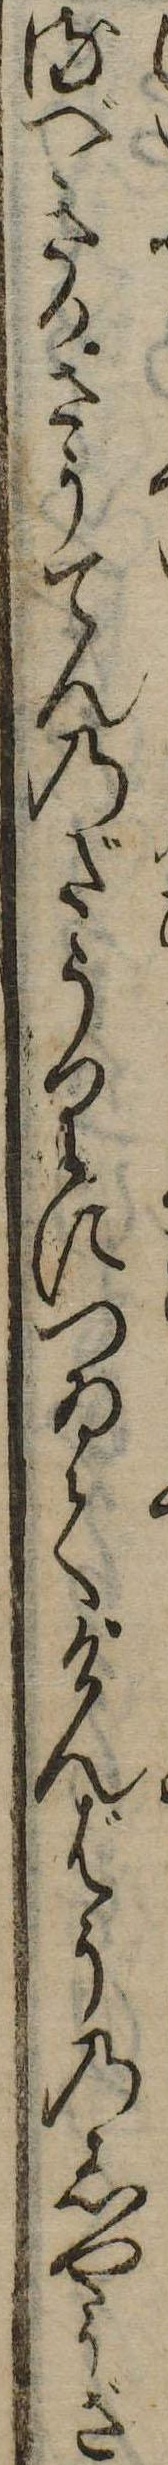
るべきかさうてんのだうりにつゐてけんばうのしやうざ